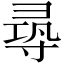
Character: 𡬶